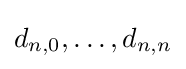
d_{n,0},\dotsc ,d_{n,n}